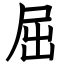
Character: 屈